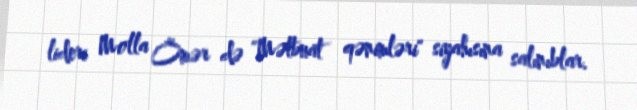
lideri Molla Ömər də "Mətbuat qənimləri" siyahısına salınıblar.